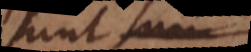
sunt ut